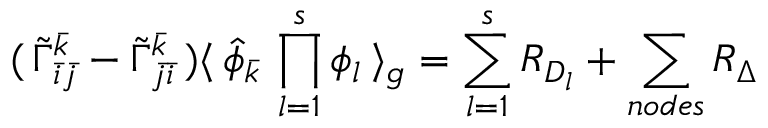
( \, { \tilde { \Gamma } } _ { { \bar { i } } { \bar { j } } } ^ { \bar { k } } - { \tilde { \Gamma } } _ { { \bar { j } } { \bar { i } } } ^ { \bar { k } } \, ) \langle \, { \hat { \phi } } _ { \bar { k } } \, \prod _ { l = 1 } ^ { s } \phi _ { l } \, \rangle _ { g } = \sum _ { l = 1 } ^ { s } { \cal R } _ { D _ { l } } + \sum _ { n o d e s } { \cal R } _ { \Delta } \,